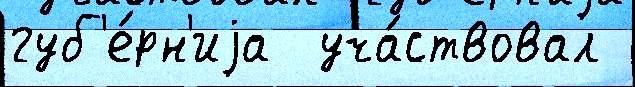
губ'е́рн'иjа  уча́ствовал